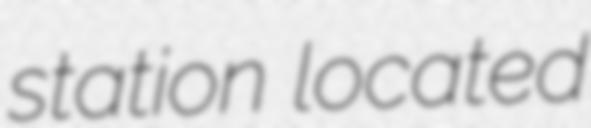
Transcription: station located